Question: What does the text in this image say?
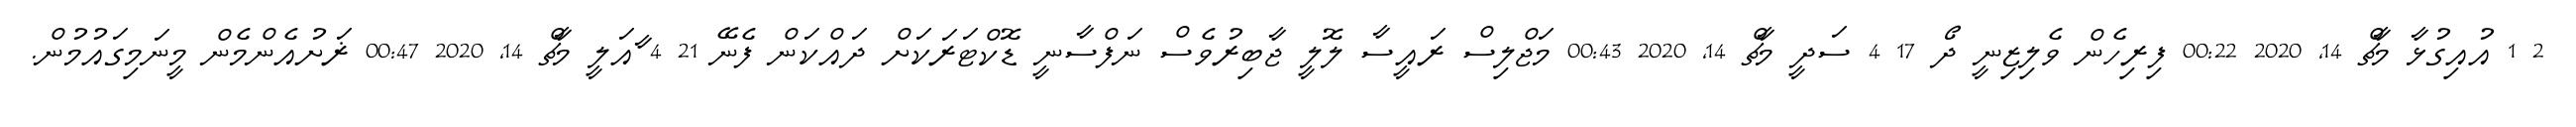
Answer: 2 1 އުއިގުޅާ މާޗް 14, 2020 00:22 ފިރިހެން ވެލިޒިނީ ދޯ 17 4 ސަދީ މާޗް 14, 2020 00:43 މަޖްލިސް ރައީސާ ލޮލީ ޖާބިރުވެސް ނަފްސާނީ ޑޮކްޓަރަކަށް ދައްކަން ފެނޭ 21 4 ާއަލީ މާޗް 14, 2020 00:47 ޜަށުއެންމެން މީނަމިގައުމުން.